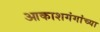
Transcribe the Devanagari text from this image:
आकाशगंगांच्या